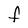
Character: F